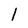
Character: 1